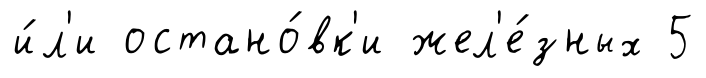
и́л'и остано́вк'и жел'е́зных 5